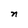
Character: n